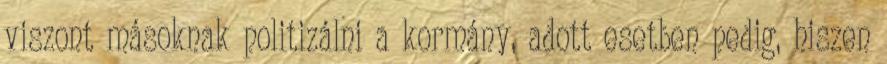
viszont másoknak politizálni a kormány, adott esetben pedig, hiszen